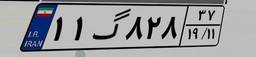
۱۱گ۸۲۸۳۷